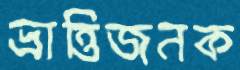
ভ্রান্তিজনক